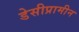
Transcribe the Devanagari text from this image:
डेसीप्रामीन